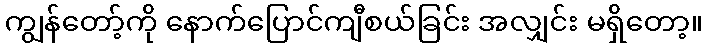
ကျွန်တော့်ကို နောက်ပြောင်ကျီစယ်ခြင်း အလျှင်း မရှိတော့။